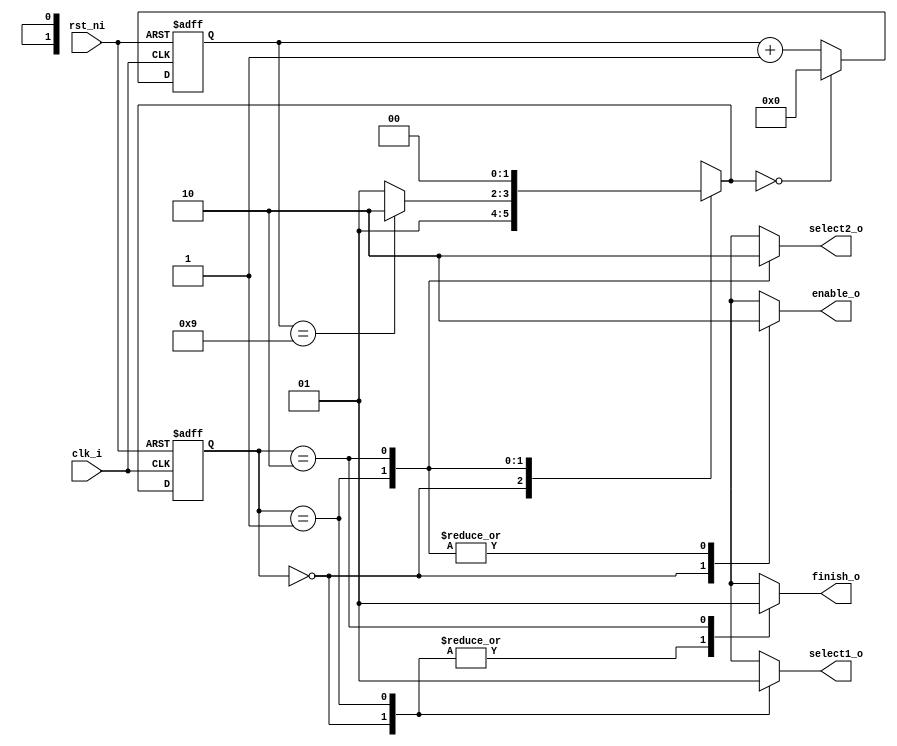
`timescale 1ns/100ps
module controller(clk_i, rst_ni, enable_o, select1_o, select2_o, finish_o);

  input clk_i;
  input rst_ni;
  
  output reg enable_o;
  output reg select1_o;
  output reg select2_o;
  output reg finish_o;
  
  reg [1:0] state, n_state;
  reg [3:0] counter;
  
  parameter RST      = 2'b00,
			ENCRYPT  = 2'b01,
			DONE     = 2'b10;
  
  always@(posedge clk_i or negedge rst_ni)begin
    if(~rst_ni)begin
	  state <= RST;
	  counter <= 4'd0;
	end
	else begin
	  state <= n_state;
	  if(n_state==RST)
	    counter <= 4'd0;
	  else
	    counter <= counter + 4'd1;
	end
  end
  
  always@(*)begin
    case(state)
	  RST:begin//counetr=0
	    enable_o = 1'b1;
		select1_o = 1'b0;
		select2_o = 1'bx;
		finish_o = 1'b0;
		n_state = ENCRYPT;
	  end
	  ENCRYPT:begin//round1~round9(key0~key8), counter=1~9
	    enable_o = 1'b0;
		select1_o = 1'b1;
		select2_o = 1'b1;
		finish_o = 1'b0;
		n_state = (counter==4'd9)?DONE:ENCRYPT;
	  end
	  DONE:begin//last round(key9), do not need to oprate mixcolumns(select2_o), counetr=10
	    enable_o = 1'b0;
		select1_o = 1'bx;
		select2_o = 1'b0;
		finish_o = 1'b1;
		n_state = RST;
	  end
	  default:begin
	    enable_o = 1'bx;
		select1_o = 1'bx;
		select2_o = 1'bx;
		finish_o = 1'bx;
		n_state = 2'bx;
	  end
	endcase
  end

endmodule